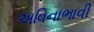
અવિનાભાવી